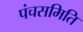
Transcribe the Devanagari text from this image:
पंचसमिति